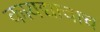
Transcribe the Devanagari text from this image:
कायद्याचाच